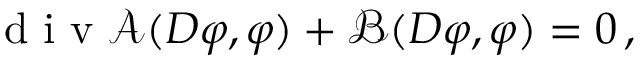
\mathrm { ~ d ~ i ~ v ~ } \mathcal { A } ( D \varphi , \varphi ) + \mathcal { B } ( D \varphi , \varphi ) = 0 \, ,